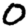
Digit: 0